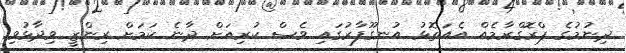
ދިނުމުގެ ޕްރޮގްރާމެއް އެއަތޮޅު އުނގޫފާރުގައި ވެސް ކުރިއަށް ދާނެ ކަމަށް ރިންޒީ ވިދާޅުވި